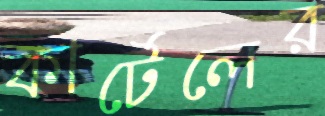
কার্টেলের